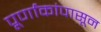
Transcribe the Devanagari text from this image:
पूर्णांकांपासून